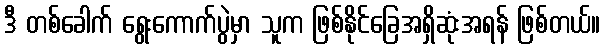
ဒီ တစ်ခေါက် ရွေးကောက်ပွဲမှာ သူက ဖြစ်နိုင်ခြေအရှိဆုံးအရန် ဖြစ်တယ်။